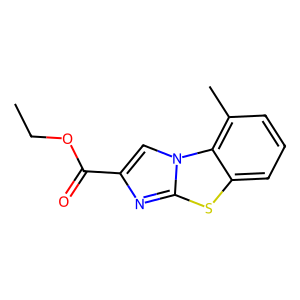
SMILES: CCOC(=O)c1cn2c(n1)sc1cccc(C)c12
Inhibits HIV replication: No